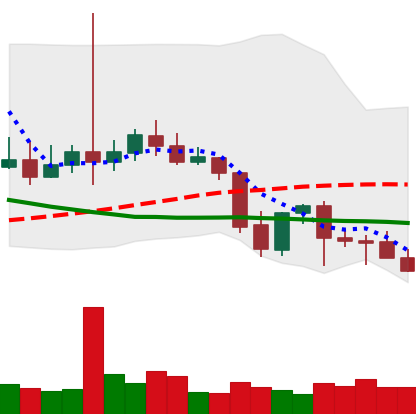
Ticker: LTC-USD
Chart end date: 2021-09-28
Forward return: 21.347%
Label: up_7plus